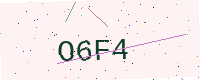
Text: O6F4